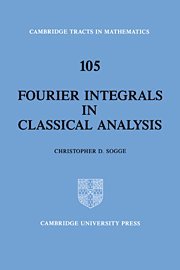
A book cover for Fourier Integrals in Classical Analysis (Cambridge Tracts in Mathematics); Christopher D. Sogge; Science & Math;